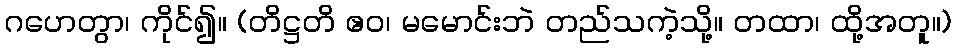
ဂဟေတွာ၊ ကိုင်၍။ (တိဋ္ဌတိ ဧဝ၊ မမောင်းဘဲ တည်သကဲ့သို့။ တထာ၊ ထို့အတူ။)